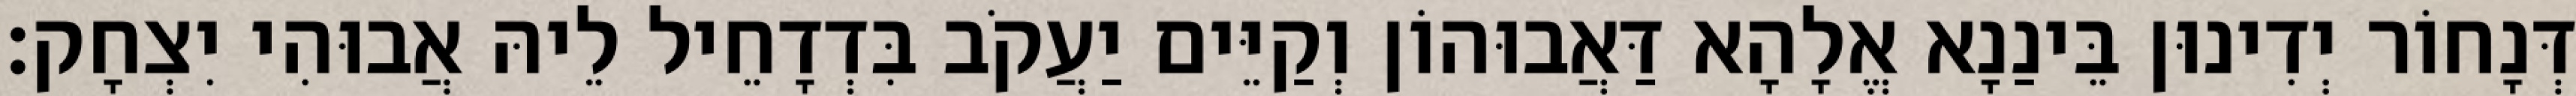
דְּנָחוֹר יְדִינוּן בֵּינַנָא אֱלָהָא דַּאֲבוּהוֹן וְקַיֵּים יַעֲקֹב בִּדְדָחֵיל לֵיהּ אֲבוּהִי יִצְחָק׃